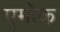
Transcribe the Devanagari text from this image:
एमोक